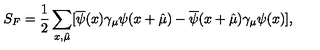
S _ { F } = \frac { 1 } { 2 } \sum _ { x , \hat { \mu } } [ \overline { { \psi } } ( x ) \gamma _ { \mu } \psi ( x + \hat { \mu } ) - \overline { { \psi } } ( x + \hat { \mu } ) \gamma _ { \mu } \psi ( x ) ] ,